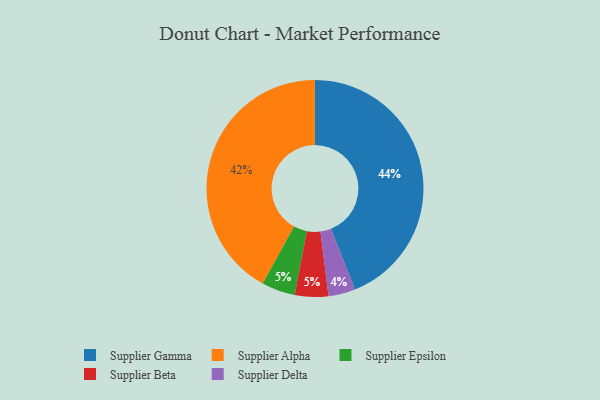
{"axis": {"x": "Category", "y": "Percentage"}, "legend": ["Supplier Alpha", "Supplier Beta", "Supplier Delta", "Supplier Epsilon", "Supplier Gamma"], "data": [{"x": "Supplier Gamma", "y": 44, "type": "Supplier Gamma"}, {"x": "Supplier Epsilon", "y": 5, "type": "Supplier Epsilon"}, {"x": "Supplier Beta", "y": 5, "type": "Supplier Beta"}, {"x": "Supplier Delta", "y": 4, "type": "Supplier Delta"}, {"x": "Supplier Alpha", "y": 42, "type": "Supplier Alpha"}]}